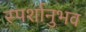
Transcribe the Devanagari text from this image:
स्पर्शानुभव